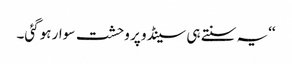
‘‘یہ سنتے ہی سینڈو پر وحشت سوار ہوگئی۔